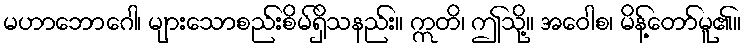
မဟာဘောဂေါ၊ များသောစည်းစိမ်ရှိသနည်း။ ဣတိ၊ ဤသို့။ အဝေါစ၊ မိန့်တော်မူ၏။